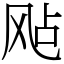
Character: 飐